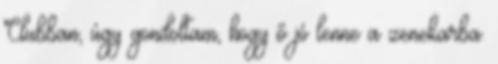
Clubban, úgy gondoltam, hogy ő jó lenne a zenekarba.